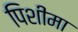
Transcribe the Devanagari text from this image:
पिशीमा